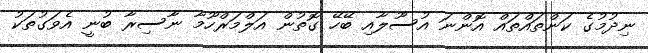
ނިދުމުގެ ކަންތައްތައް އޮންނަ އުސޫލާއި ބޭހޭ ގޮތުން އަލްމަރްހޫމާ ނާސިރާ ބުނީ އެވަގުތަކު